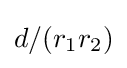
d/(r_{1}r_{2})